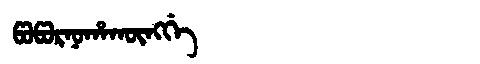
Manchu: ᡦᠣᡦᠣᡵᠨᠣᡥᠠᡴᡡᠩᡤᡝ
Romanization: POPORNOHAKŪNGGE